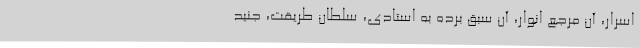
اسرار، آن مرجعِ انوار، آن سَبَق برده به استادی، سلطانِ طریقت، جُنَید